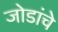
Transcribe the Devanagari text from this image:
जोडांचे